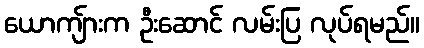
ယောကျ်ားက ဦးဆောင် လမ်းပြ လုပ်ရမည်။